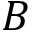
B